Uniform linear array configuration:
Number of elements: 32
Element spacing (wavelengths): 0.75
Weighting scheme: cosine
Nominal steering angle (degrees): -45
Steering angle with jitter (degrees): -43.698
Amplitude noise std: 0.05
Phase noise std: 0.05

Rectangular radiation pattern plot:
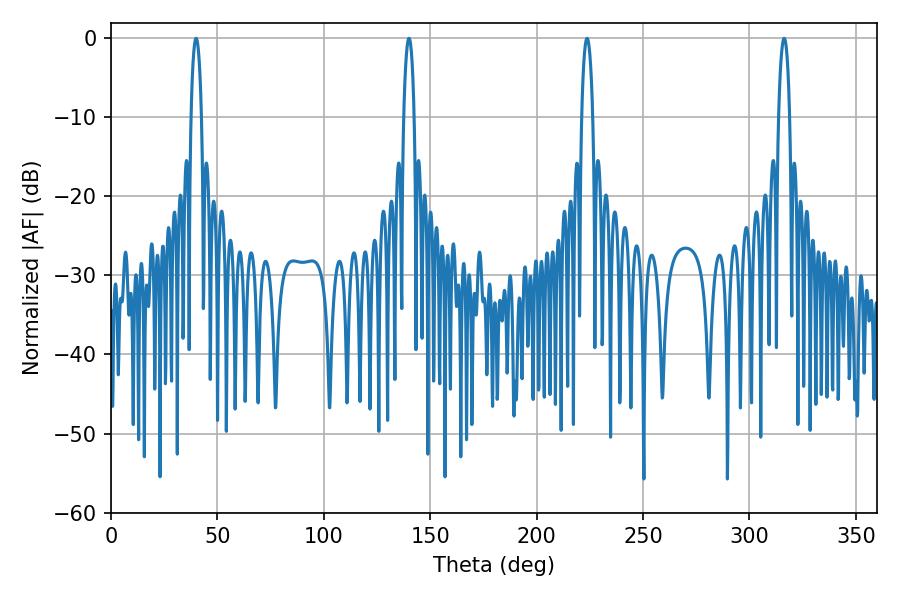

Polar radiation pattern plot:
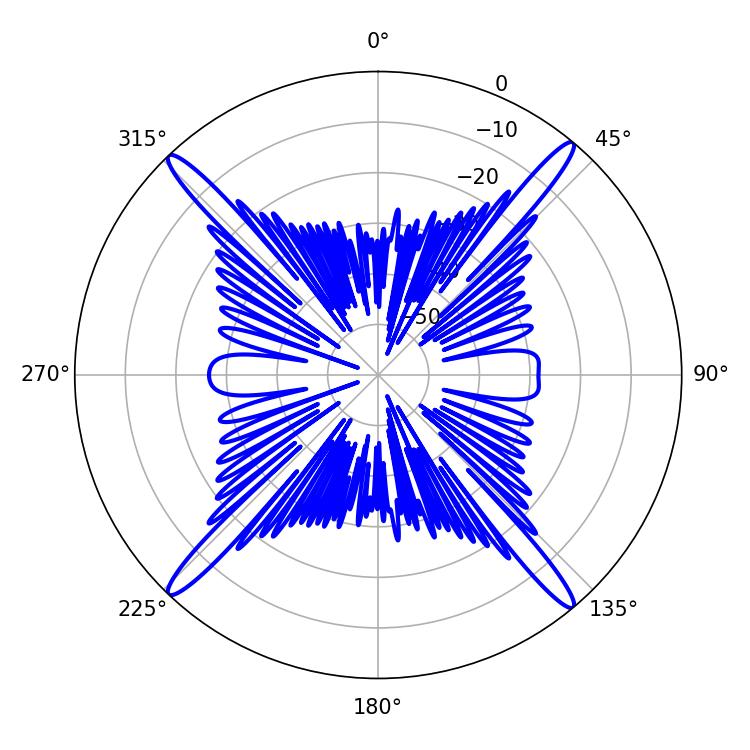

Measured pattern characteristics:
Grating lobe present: TRUE
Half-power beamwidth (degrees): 2.7
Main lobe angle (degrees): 39.96